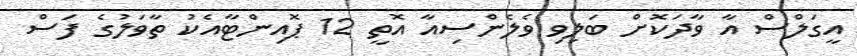
އީގަލްސް އާ ވާދަކޮށް ބަލިވި ވެލެންސިއާ އޮތީ 12 ޕޮއިންޓާއެކު ތާވަލުގެ ފަސް